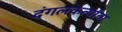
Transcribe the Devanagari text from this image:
दंगलकर्त्यांना